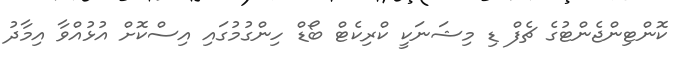
ކޮންޓިންޖެންޓުގެ ޗެފް ޑި މިޝަނަކީ ކްރިކެޓް ބޯޑް ހިންގުމުގައި އިސްކޮށް އުޅުއްވާ އިމާދު